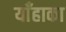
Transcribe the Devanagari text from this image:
याँहाका